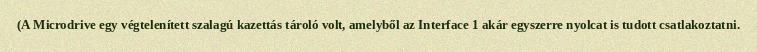
(A Microdrive egy végtelenített szalagú kazettás tároló volt, amelyből az Interface 1 akár egyszerre nyolcat is tudott csatlakoztatni.